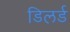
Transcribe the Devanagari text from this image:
डिलर्ड